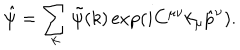
LaTeX: \hat { \psi } = \sum _ { k } \tilde { \psi } ( k ) \exp ( i C ^ { \mu \nu } k _ { \mu } \hat { p } ^ { \nu } ) .